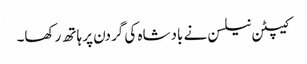
کیپٹن نیلسن نے بادشاہ کی گردن پر ہاتھ رکھا۔